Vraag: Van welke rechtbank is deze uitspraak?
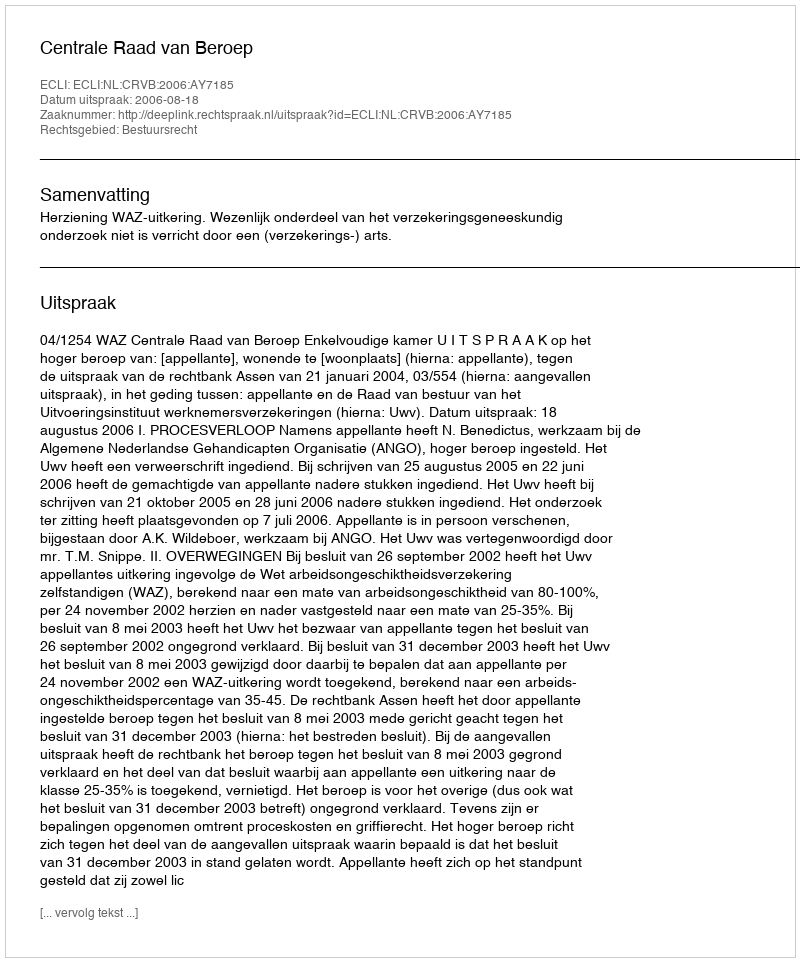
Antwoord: Centrale Raad van Beroep